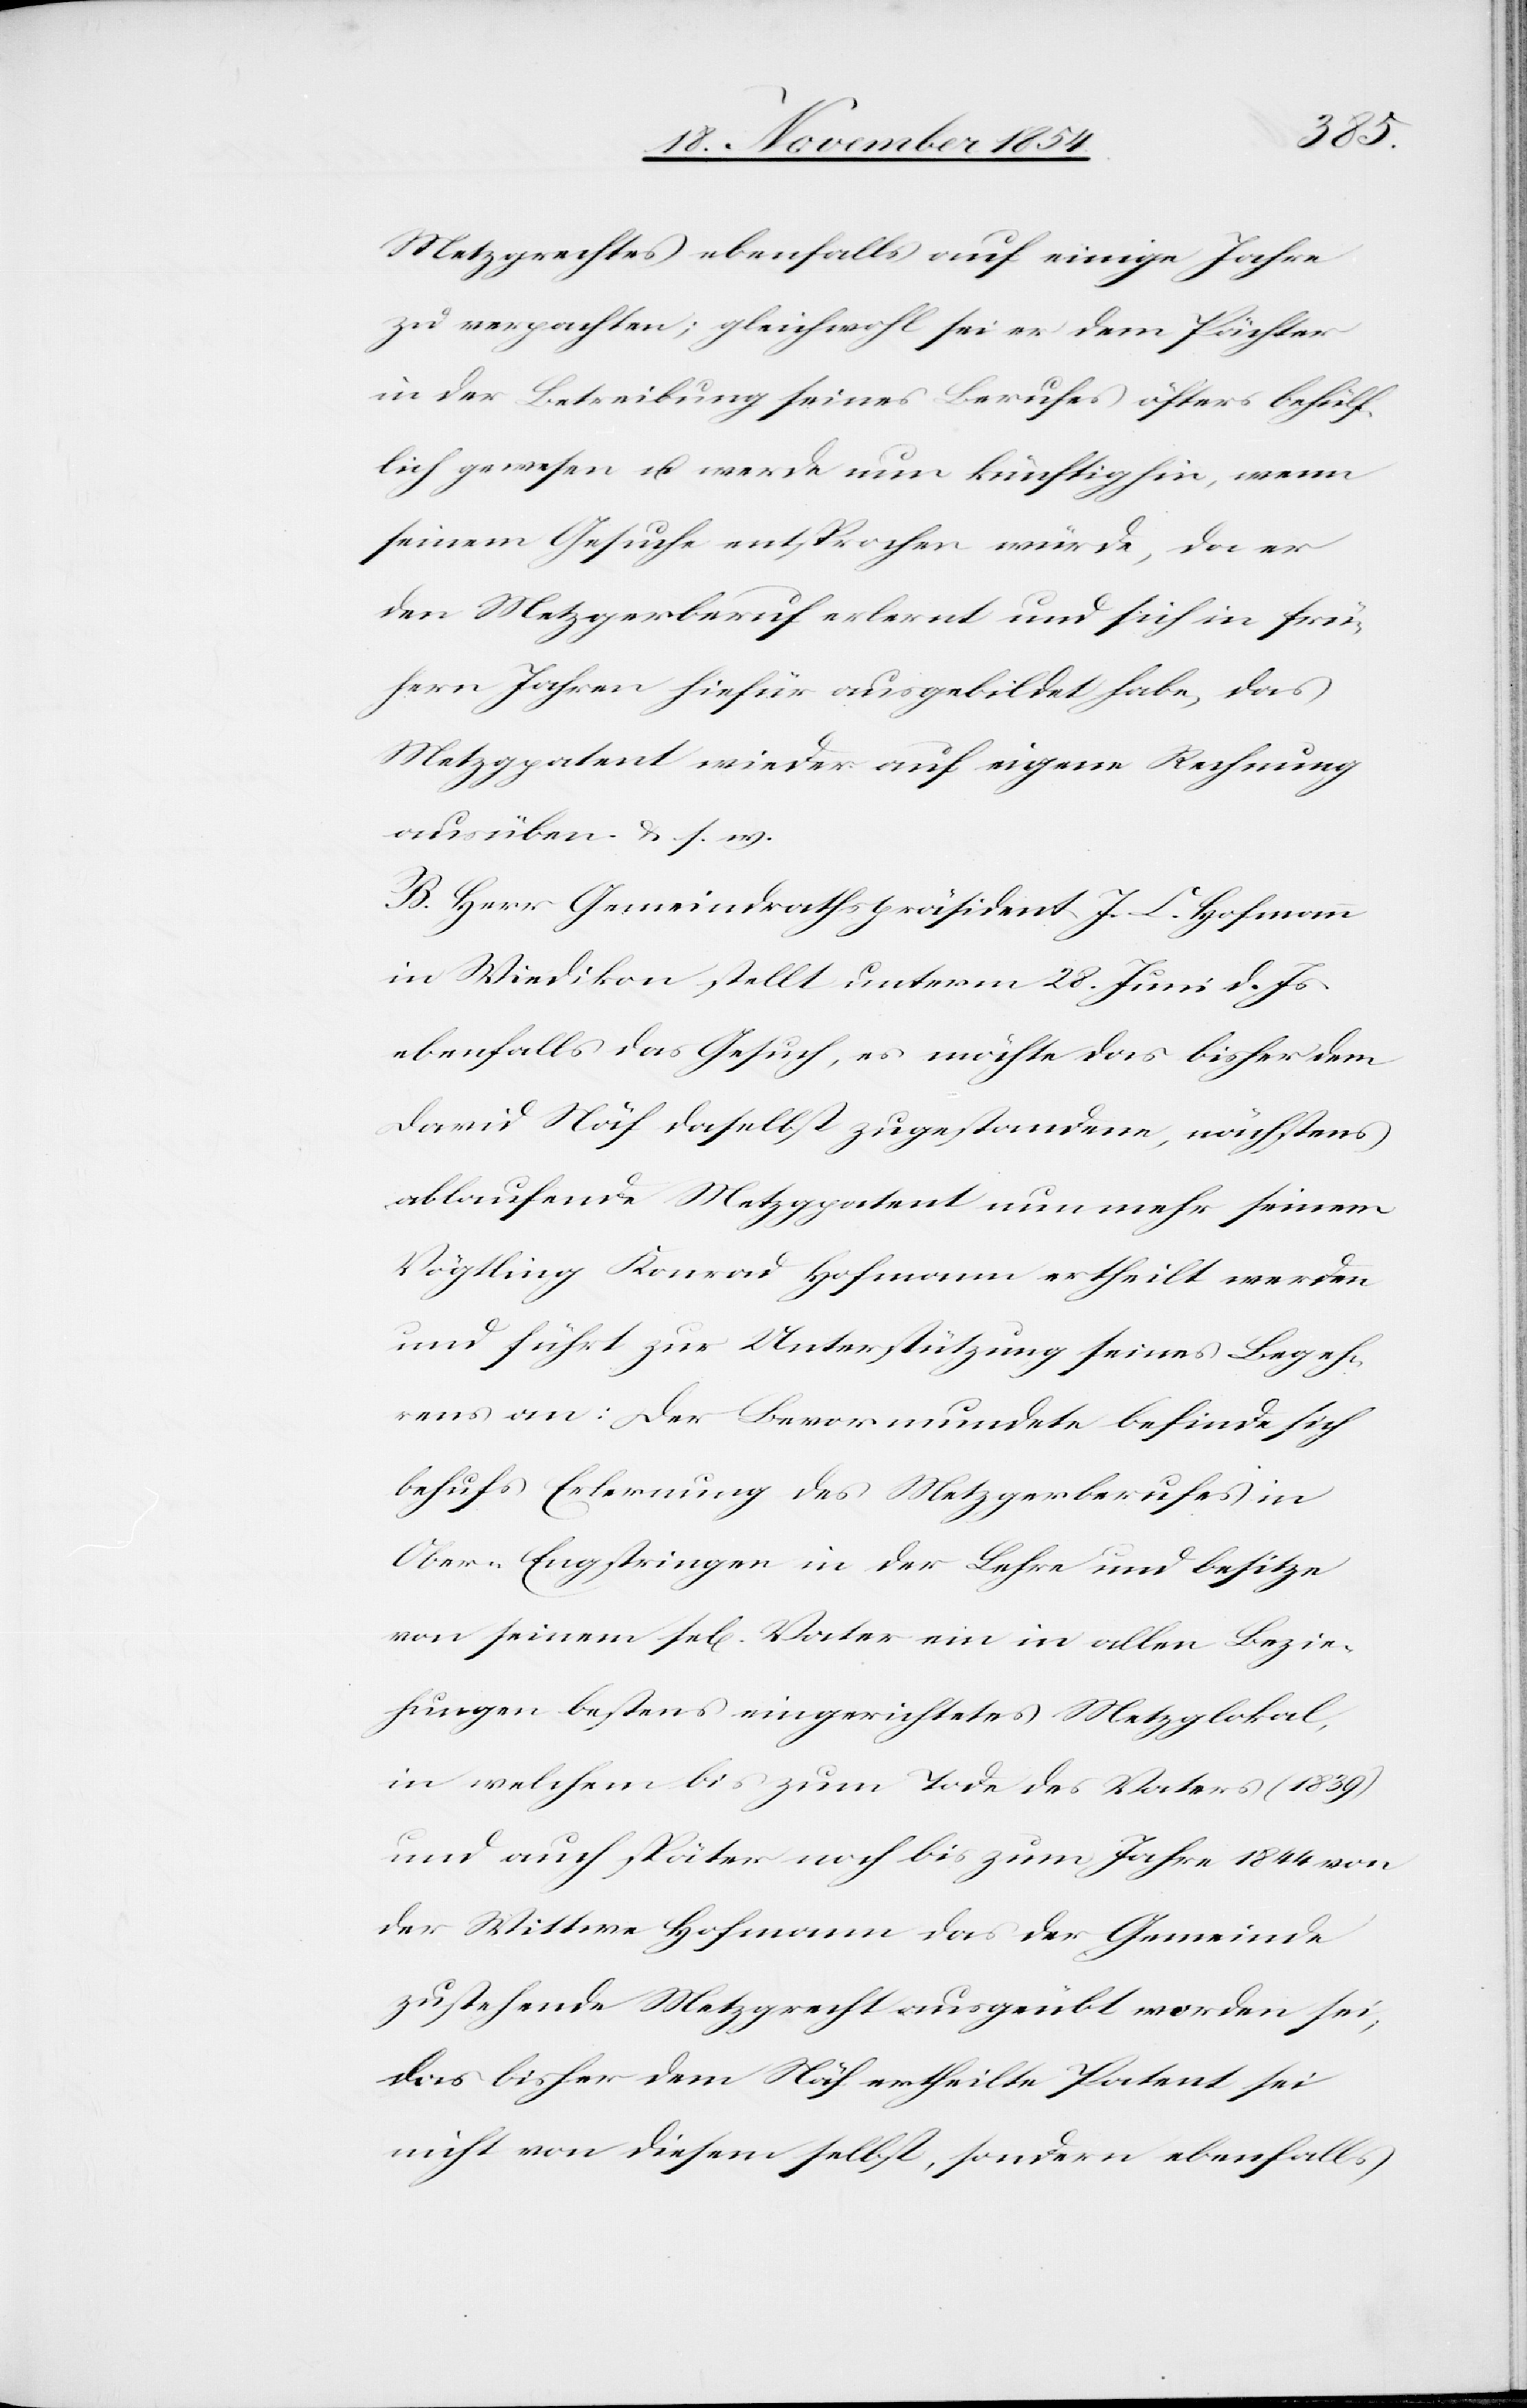
Metzgrechtes ebenfalls auf einige Jahre
zu verpachten; gleichwohl sei er dem Pächter
in der Betreibung seines Berufes öfters behülf¬
lich gewesen u. werde nun künftighin, wenn
seinem Gesuche entsprochen würde, da er
den Metzgerberuf erlernt und sich in frü¬
hern Jahren hiefür ausgebildet habe, das
Metzgpatent wieder auf eigene Rechnung
ausüben. u. s. w.
B. Herr Gemeindrathspräsident J. C. Hofmann
in Wiedikon stellt unterm 28. Juni d. Js.
ebenfalls das Gesuch, es möchte das bisher dem
David Näf daselbst zugestandene, nächstens
ablaufende Metzpatent nun mehr seinem
Vögtling Konrad Hofmann ertheilt werden
und führt zur Unterstützung seines Begeh¬
rens an: Der Bevormundete befinde sich
behufs Erlernung des Metzgerberufes in
Ober-Engstringen in der Lehre und besitze
von seinem sel. Vater ein in allen Bezie¬
hungen bestens eingerichtetes Metzlokal,
in welchem bis zum Tode des Vater (1839)
und auch später noch bis zum Jahre 1844 von
der Wittwe Hofmann das der Gemeinde
zustehende Metzrecht ausgeübt worden sei,
das bisher dem Näf ertheilte Patent sei
nicht von diesem selbst, sondern ebenfalls